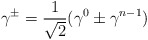
\begin{align*}\gamma^{\pm} = \frac{1}{\sqrt{2}} (\gamma^{0} \pm \gamma^{n-1})\end{align*}